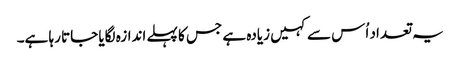
یہ تعداد اُس سے کہیں زیادہ ہے جس کا پہلے اندازہ لگایا جاتا رہا ہے۔